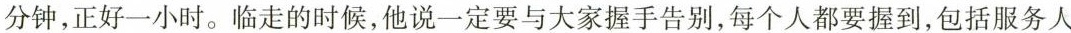
分钟，正好一小时。临走的时候，他说一定要与大家握手告别，每个人都要握到，包括服务人